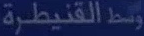
وسطالقنيطرة